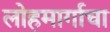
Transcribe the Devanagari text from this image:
लोहमार्गाचा